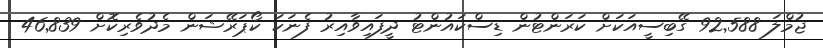
ޖުމްލަ 92